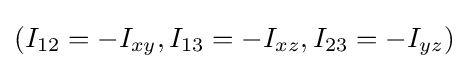
(I_{12}=-I_{xy},I_{13}=-I_{xz},I_{23}=-I_{yz})